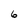
Character: 6